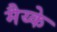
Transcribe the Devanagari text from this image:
मैय्के